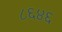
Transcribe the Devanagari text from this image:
८६४६